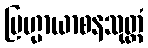
ဗြဟ္မာယာစနသုတ္တံ